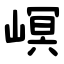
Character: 㟰